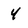
Character: 4